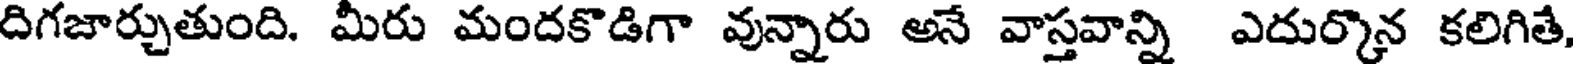
దిగజార్చుతుంది. మీరు మందకొడిగా వున్నారు అనే వాస్తవాన్ని ఎదుర్కొన కలిగితే